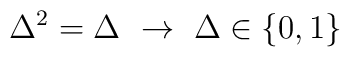
\Delta^2=\Delta\ \rightarrow \ \Delta\in\{0,1\}